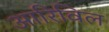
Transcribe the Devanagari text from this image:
आरिविल